Vaccination in Bombay 1889-1901 - 1889-1901
Year: 1889
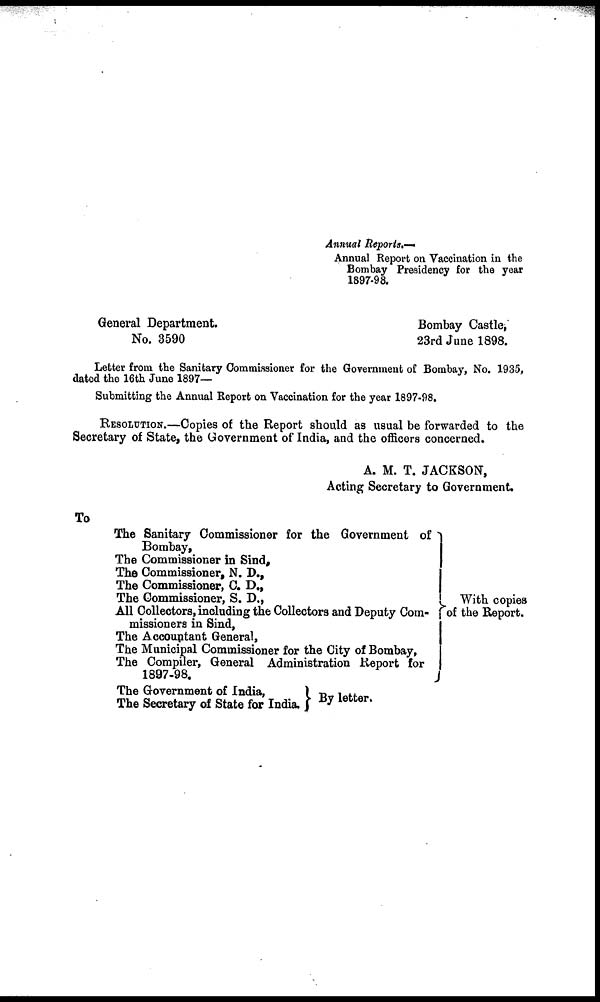
Annual Reports.—
Annual Report on Vaccination in the
Bombay Presidency for the year
1897-98.
General Department.
Bombay Castle,
No. 3590
23rd June 1898.
Letter from the Sanitary Commissioner for the Government of Bombay, No. 1935,
dated the 16th June 1897—
Submitting the Annual Report on Vaccination for the year 1897-98.
RESOLUTION.—Copies of the Report should as usual be forwarded to the
Secretary of State, the Government of India, and the officers concerned.
A. M. T. JACKSON,
Acting Secretary to Government.
To
The Sanitary Commissioner for the Government of
Bombay,
The Commissioner in Sind,
The Commissioner, N. D.,
The Commissioner, C. D.,
The Commissioner, S. D.,
All Collectors, including the Collectors and Deputy Com-
missioners in Bind,
The Accountant General,
The Municipal Commissioner for the City of Bombay,
The Compiler, General Administration Report for
1897-98.
The Government of India,
The Secretary of State for India.
With copies
of the Report.
By letter.